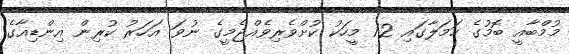
މުމްބާއީ ބޮމުގެ ހަމަލާގައި 12 މީހަކު ކުށްވެރިވެއްޖެމީގެ ނުވަ އަހަރު ކުރިން އިންޑިއާގެ